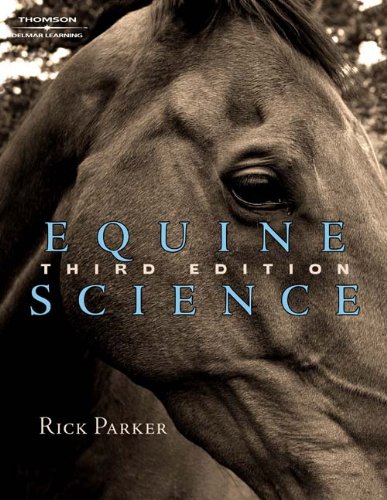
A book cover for Equine Science; Rick Parker; Crafts, Hobbies & Home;